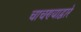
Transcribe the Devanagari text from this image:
चाचण्याद्वारे